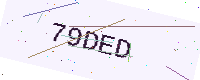
Text: 79DED